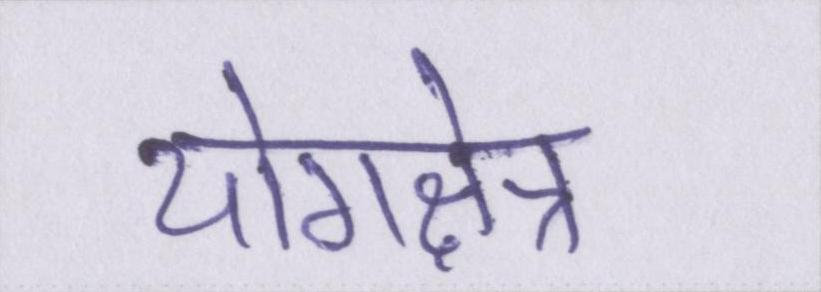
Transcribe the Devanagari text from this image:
योगक्षेत्र